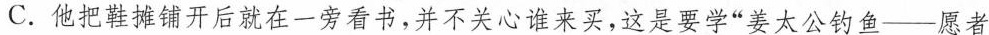
C.他把鞋摊铺开后就在一旁看书，并不关心谁来买，这是要学”姜太公钓鱼——愿者